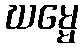
ဃမ္မေ